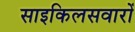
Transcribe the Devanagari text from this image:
साइकिलसवारों